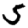
Digit: 5